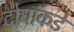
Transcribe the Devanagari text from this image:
दोघांकडे